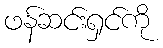
ဖန်ဆင်းရှင်ကို